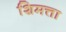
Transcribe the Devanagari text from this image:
शिमत्ता